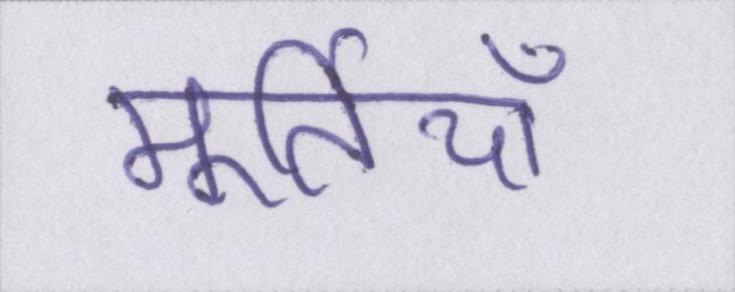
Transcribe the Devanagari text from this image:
मूर्तियाँ